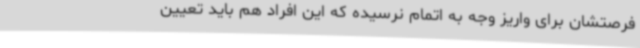
فرصتشان برای واریز وجه به اتمام نرسیده که این افراد هم باید تعیین